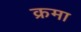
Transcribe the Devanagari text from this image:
क्रमा